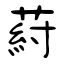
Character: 葤